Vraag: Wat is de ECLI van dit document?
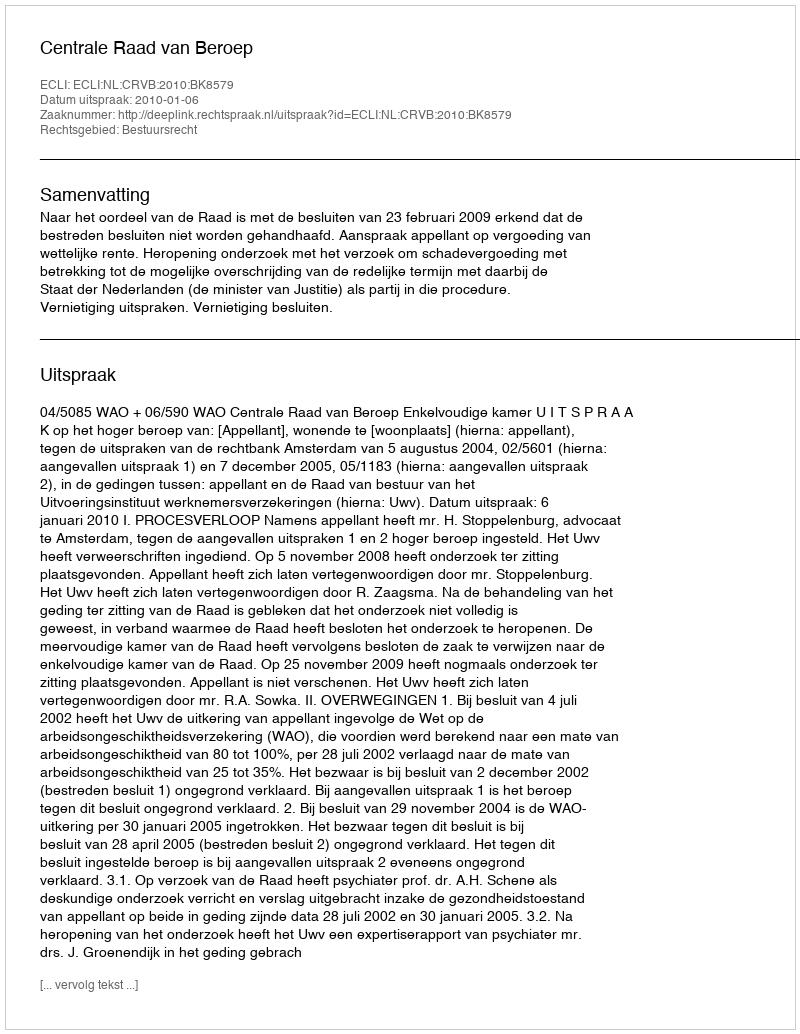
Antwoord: ECLI:NL:CRVB:2010:BK8579